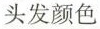
头发颜色